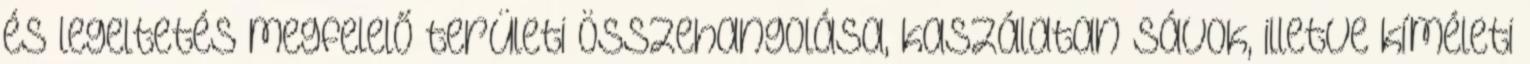
és legeltetés megfelelő területi összehangolása, kaszálatan sávok, illetve kíméleti